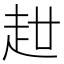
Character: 𧺧